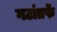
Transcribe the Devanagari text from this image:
गटांतर्फे